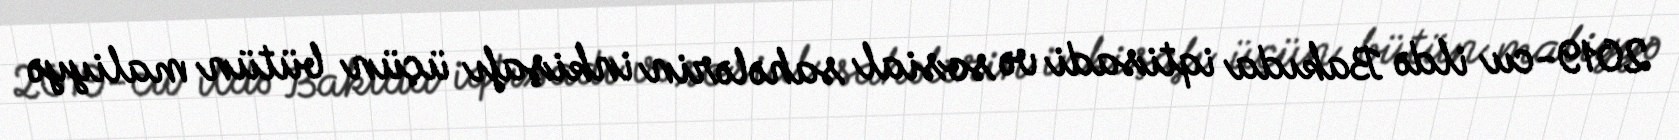
2019-cu ildə Bakıda iqtisadi və sosial sahələrin inkişafı üçün bütün maliyyə